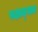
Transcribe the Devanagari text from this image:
पक्षाद्घात